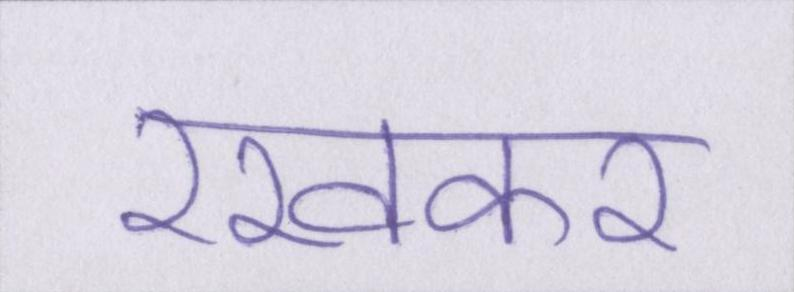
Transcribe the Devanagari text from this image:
रखकर